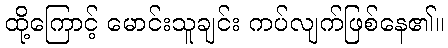
ထို့ကြောင့် မောင်းသူချင်း ကပ်လျက်ဖြစ်နေ၏။